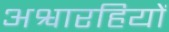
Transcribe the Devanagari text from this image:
अश्वारहियों